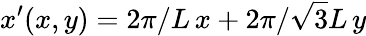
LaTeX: x^{\prime}(x,y)=2\pi/L\, x+2\pi/\sqrt{3}L\, y